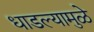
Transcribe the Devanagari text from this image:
धाडल्यामुळे